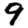
Digit: 9